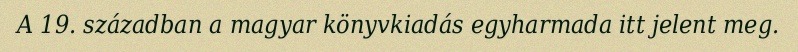
A 19. században a magyar könyvkiadás egyharmada itt jelent meg.